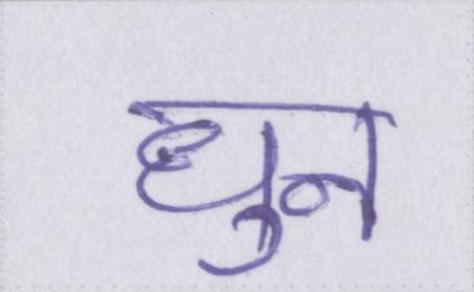
धुन